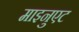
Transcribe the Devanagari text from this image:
माइनुएट